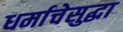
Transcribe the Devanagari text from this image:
धर्माचेसुद्धा